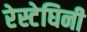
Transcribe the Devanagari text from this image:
रेस्टेघिनी